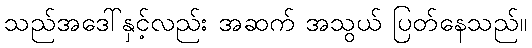
သည်အဒေါ်နှင့်လည်း အဆက် အသွယ် ပြတ်နေသည်။